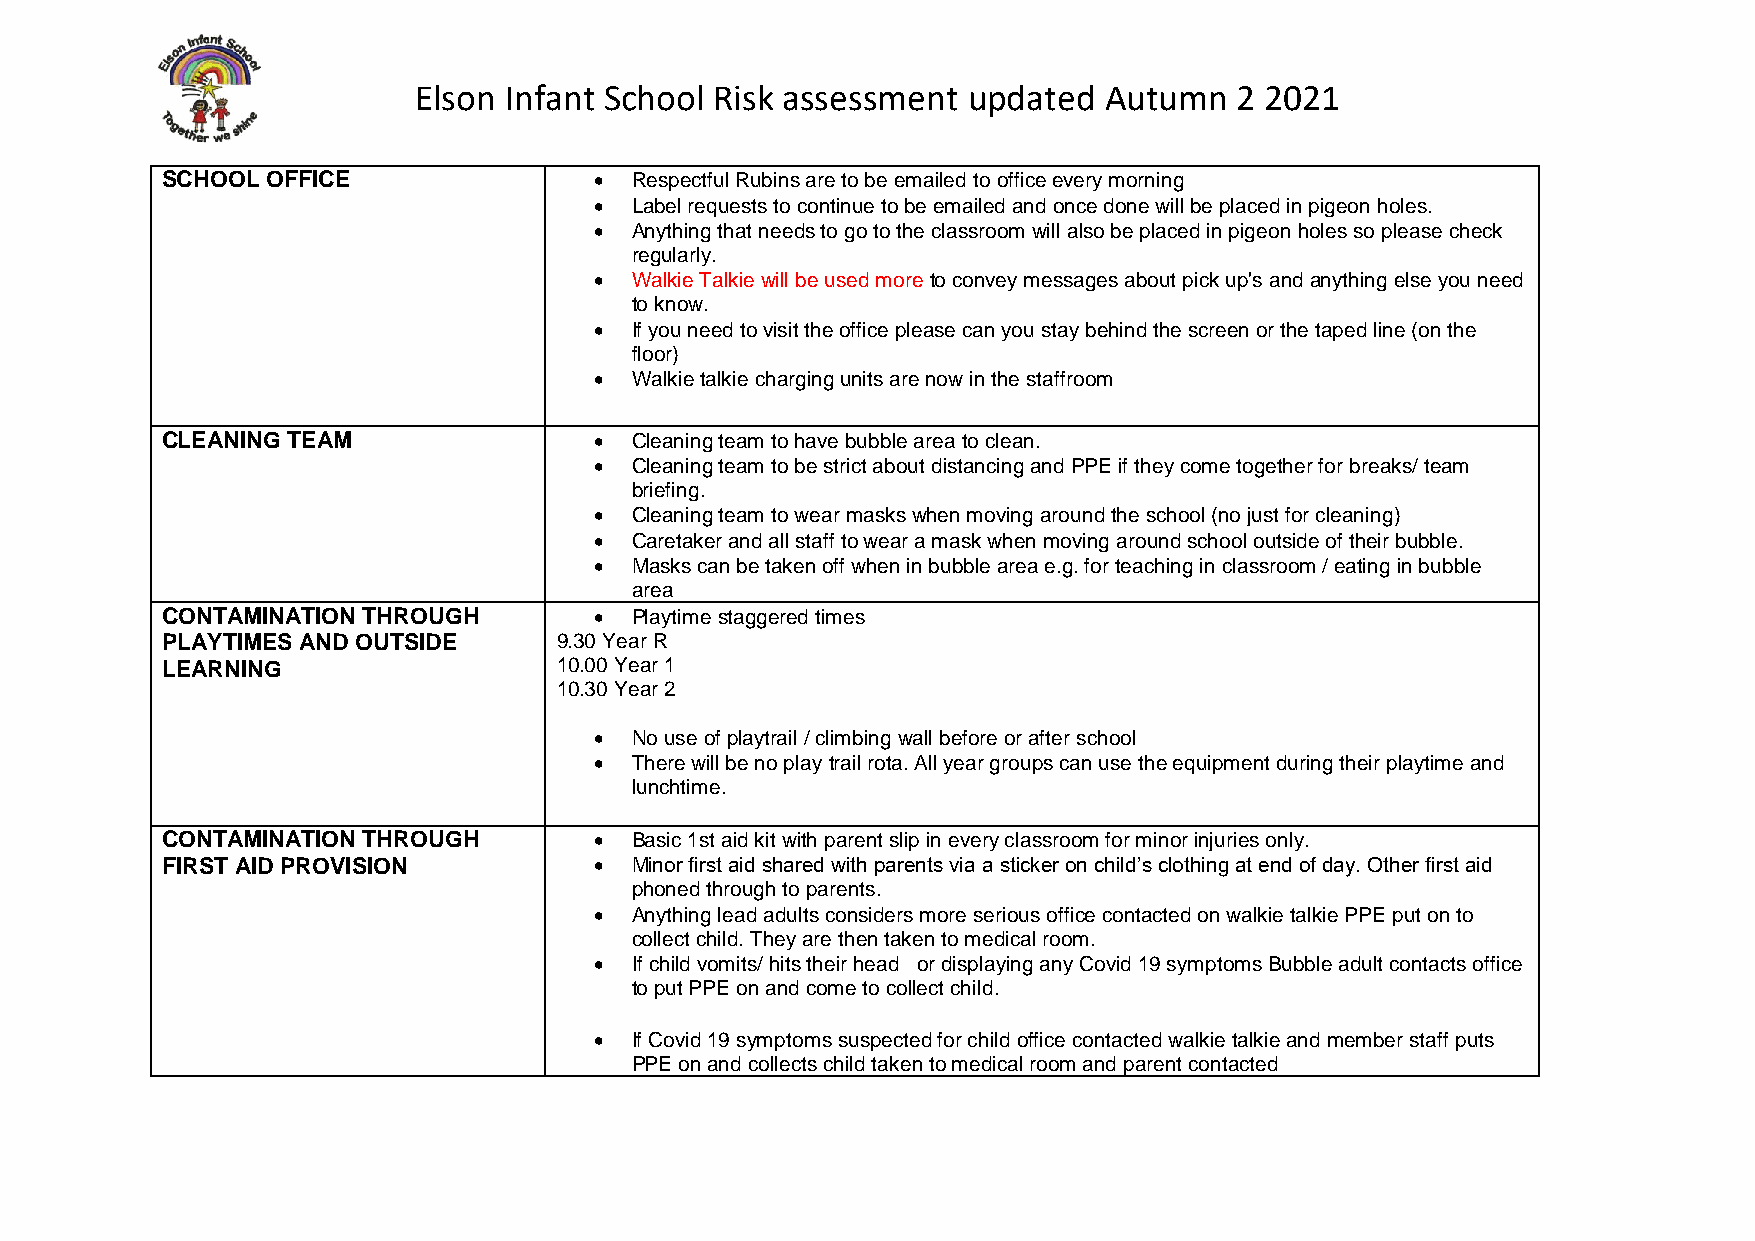
Elson Infant School Risk assessment  updated  Autumn   2 2021
 SCHOOL OFFICE                 Respectful Rubins are to be emailed to office every morning
   Label requests to continue to be emailed and once done will be placed in pigeon holes.
   Anything that needs to go to the classroom will also be placed in pigeon holes so please check
 regularly.
   Walkie Talkie will be used more to convey messages about pick up's and anything else you need
 to know.
   If you need to visit the office please can you stay behind the screen or the taped line (on the
 floor)
   Walkie talkie charging units are now in the staffroom
 CLEANING TEAM                 Cleaning team to have bubble area to clean.
   Cleaning team to be strict about distancing and PPE if they come together for breaks/ team
 briefing.
   Cleaning team to wear masks when moving around the school (no just for cleaning)
   Caretaker and all staff to wear a mask when moving around school outside of their bubble.
   Masks can be taken off when in bubble area e.g. for teaching in classroom / eating in bubble
 area
 CONTAMINATION THROUGH         Playtime staggered times
 PLAYTIMES AND OUTSIDE     9.30 Year R
 LEARNING                  10.00 Year 1
 10.30 Year 2
   No use of playtrail / climbing wall before or after school
   There will be no play trail rota. All year groups can use the equipment during their playtime and
 lunchtime.
 CONTAMINATION THROUGH         Basic 1st aid kit with parent slip in every classroom for minor injuries only.
 FIRST AID PROVISION           Minor first aid shared with parents via a sticker on child’s clothing at end of day. Other first aid
 phoned through to parents.
   Anything lead adults considers more serious office contacted on walkie talkie PPE put on to
 collect child. They are then taken to medical room.
   If child vomits/ hits their head or displaying any Covid 19 symptoms Bubble adult contacts office
 to put PPE on and come to collect child.
   If Covid 19 symptoms suspected for child office contacted walkie talkie and member staff puts
 PPE on and collects child taken to medical room and parent contacted